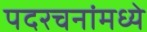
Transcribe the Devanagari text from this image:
पदरचनांमध्ये